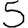
Digit: 5